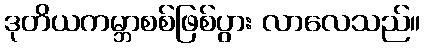
ဒုတိယကမ္ဘာစစ်ဖြစ်ပွား လာလေသည်။